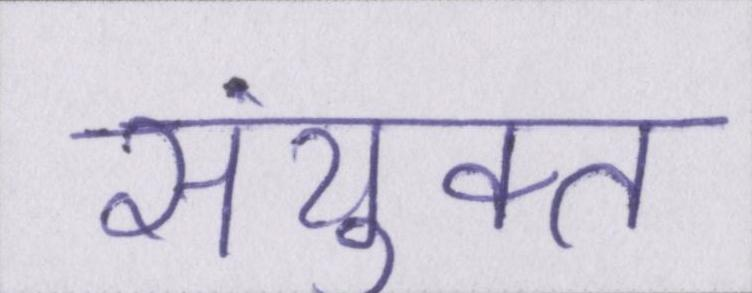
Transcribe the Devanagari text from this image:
संयुक्त